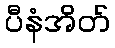
ပီနံအိတ်